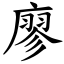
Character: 廖